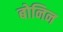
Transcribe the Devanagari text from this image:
बोनिन